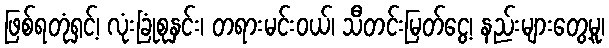
ဖြစ်ရတုံရှင့်၊ လုံးခြုံစုနှင်း၊ တရားမင်းဝယ်၊ သီတင်းမြတ်ငွေ့၊ နည်းများတွေ့မူ၊